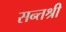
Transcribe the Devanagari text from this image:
सन्तश्री